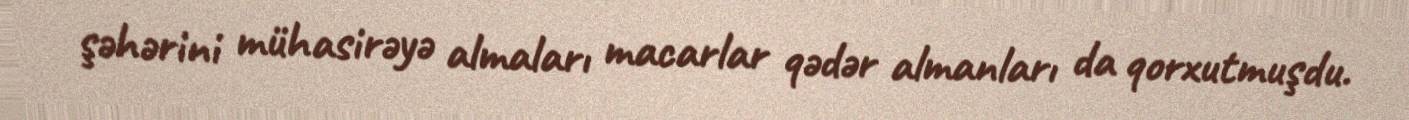
şəhərini mühasirəyə almaları macarlar qədər almanları da qorxutmuşdu.